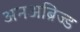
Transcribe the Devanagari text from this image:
अनअब्रिज्ड